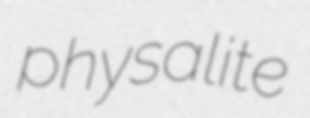
physalite